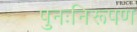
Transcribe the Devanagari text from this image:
पुनःनिरूपण